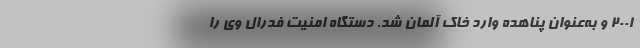
۲۰۰۱ و به‌عنوان پناهده وارد خاک آلمان شد. دستگاه امنیت فدرال وی را